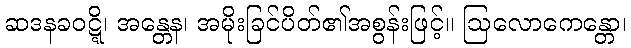
ဆဒနခဝဋ္ဋိ၊ အန္တေန၊ အမိုးခြင်ပိတ်၏အစွန်းဖြင့်။ ဩလောကေန္တော၊